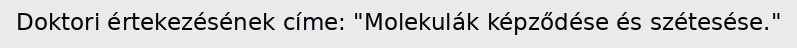
Doktori értekezésének címe: "Molekulák képződése és szétesése."